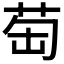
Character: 𦮍